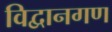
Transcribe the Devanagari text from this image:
विद्वानगण